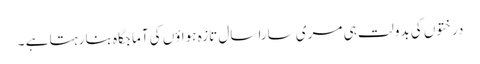
درختوں کی بدولت ہی مری سارا سال تازہ ہواؤں کی آماجگاہ بنا رہتا ہے ۔